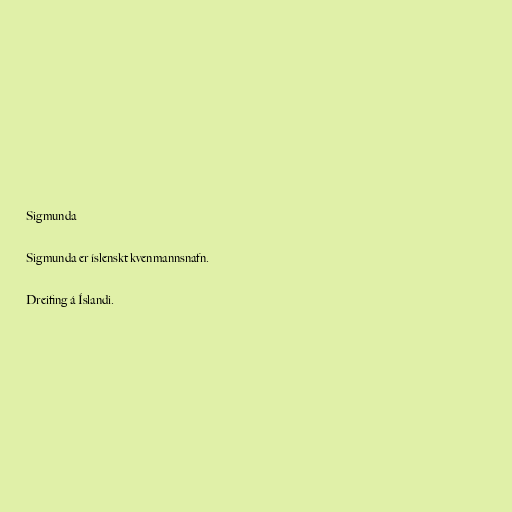
Sigmunda

Sigmunda er íslenskt kvenmannsnafn.

Dreifing á Íslandi.